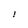
Character: I